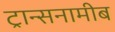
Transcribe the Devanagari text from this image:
ट्रान्सनामीब